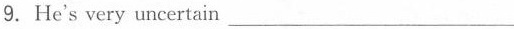
9.He's very uncertain ___